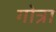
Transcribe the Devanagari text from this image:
गोत्रा